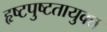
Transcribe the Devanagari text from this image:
हृष्टपुष्टतायुक्त